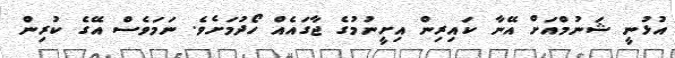
އުޅުނީ ޝަނުމްއަށް އޭނާ ކައިރިން އިށީނުމުގެ ޖާގައެއް ހޯދުމަށެވެ. ނަމަވެސް އޭގެ ކުރިން